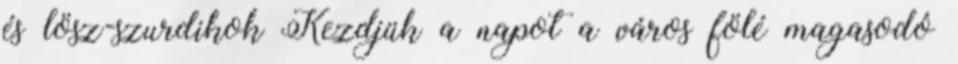
és lösz-szurdikok Kezdjük a napot a város fölé magasodó